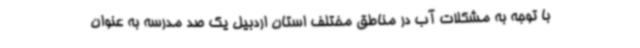
با توجه به مشکلات آب در مناطق مختلف استان اردبیل یک صد مدرسه به عنوان